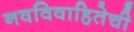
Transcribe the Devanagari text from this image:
नवविवाहितेची